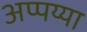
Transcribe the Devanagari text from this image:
अप्पय्या